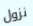
نزول